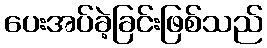
ပေးအပ်ခဲ့ခြင်းဖြစ်သည်